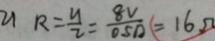
2 1 R = \frac { u } { z } = \frac { 8 V } { 0 . 5 A } = 1 6 \Omega